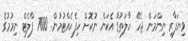
ވިޔަފާރި ނިންމަން ޖެހޭ ހާލަތުގާ އެކަން ނުކޮށް ހިފެހެއްޓުމުން. 7000 ފްލެޓް ނިމުމުގެ